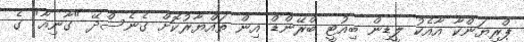
ޕްރިޔަންކާ އާއެކު ލީޑިން ބިއުޓީ ބްރޭންޑް އިން ތައްޔާރުކޮށް ގެނެސްދޭ "ގާނިއާ" ގެ